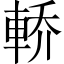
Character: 𲄶